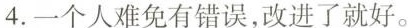
4.一个人难免有错误，改进了就好。